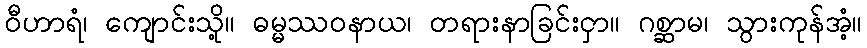
ဝီဟာရံ၊ ကျောင်းသို့။ ဓမ္မဿဝနာယ၊ တရားနာခြင်းငှာ။ ဂစ္ဆာမ၊ သွားကုန်အံ့။